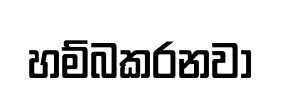
හම්බකරනවා